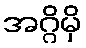
အဂ္ဂိမှိ